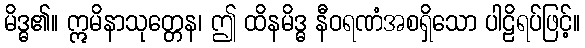
မိဒ္ဓ၏။ ဣမိနာသုတ္တေန၊ ဤ ထိနမိဒ္ဓ နီဝရဏံအစရှိသော ပါဠိရပ်ဖြင့်။